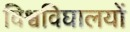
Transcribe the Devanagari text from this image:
विश्वविघालयों